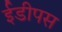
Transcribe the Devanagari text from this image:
ईडीपस